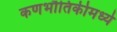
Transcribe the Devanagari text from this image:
कणभौतिकीमध्ये